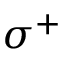
\sigma ^ { + }